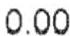
0.00